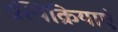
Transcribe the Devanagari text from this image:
प्रत्यिक्रियाएं